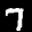
Label: 7